Annual administration report of the Civil Veterinary Department of India - 1895-1896
Year: 1895
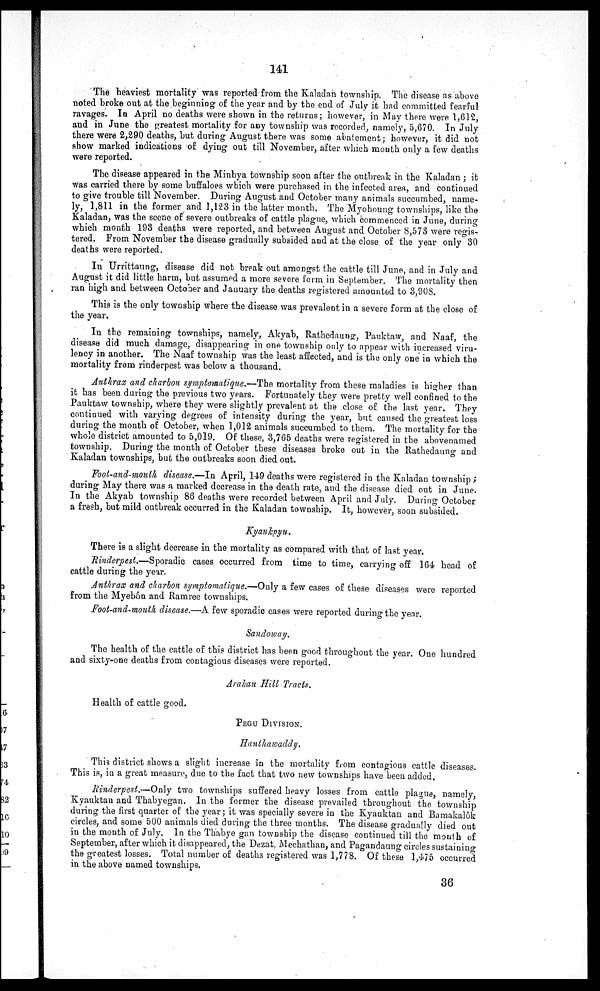
141
The heaviest mortality was reported from the Kaladan township. The disease as above
noted broke out at the beginning of the year and by the end of July it had committed fearful
ravages. ID April no deaths were shown in the returns; however, in May there were 1,612,
and in June the greatest mortality for any township was recorded, namely, 5,670. In July
there were 2,290 deaths, but during August there was some abatement; however, it did not
show marked indications of dying out till November, after which mouth only a few deaths
were reported.
The disease appeared in the Minbya township soon after the outbreak in the Kaladan; it
was carried there by some buffaloes which were purchased in the infected area, and continued
to give trouble till November. During August and October many animals succumbed, name-
ly, 1,811 in the former and 1,123 in the latter month. The Myoboung townships, like the
Kaladan, was the scene of severe outbreaks of cattle plague, which commenced in June, during
which month 198 deaths were reported, and between August and October 8,573 were regis-
tered. From November the disease gradually subsided and at the close of the year only 30
deaths were reported.
In Urrittaung, disease did not break out amongst the cattle till June, and in July and
August it did little harm, but assumed a more severe form in September. The mortality then
ran high and between October and January the deaths registered amounted to 3,908.
This is the only township where the disease was prevalent in a severe form at the close of
the year.
In the remaining townships, namely, Akyab, Rathedaung, Pauktaw, and Naaf, the
disease did much damage, disappearing in one township only to appear with increased viru-
lency in another. The Naaf township was the least affected, and is the only one in which the
mortality from rinderpest was below a thousand.
Anthrax and charbon symptomatique.—The mortality from these maladies is higher than
it has been during the previous two years. Fortunately they were pretty well confined to the
Pauktaw township, where they were slightly prevalent at the close of the last year. They
continued with varying degrees of intensity during the year, but caused the greatest loss
during the month of October, when 1,012 animals succumbed to them. The mortality for the
whole district amounted to 5,019. Of these, 3,765 deaths were registered in the abovenamed
township. During the month of October these diseases broke out in the .Rathedaung and
Kaladan townships, but the outbreaks soon died out.
Foot-and-mouth disease.—In April, 149 deaths were registered in the Kaladan township;
during May there was a marked decrease in the death rate, and the disease died out in June.
In the Akyab township 86 deaths were recorded between April and July. During October
a fresh, but mild outbreak occurred in the Kaladan township. It, however, soon subsided.
Kyankpyu.
There is a slight decrease in the mortality as compared with that of last year.
Rinderpest.—Sporadic cases occurred from time to time, carrying off 164 head of
cattle during the year.
Anthrax and charbon symptomatique.—Only a few cases of these diseases were reported
from the Myebôn and Ramree townships.
Foot-and-mouth disease.—A few sporadic cases were reported during the year.
Sandoway.
The health of the cattle of this district has been good throughout the year. One hundred
and sixty-one deaths from contagious diseases were reported.
Arakan Hill Tracts.
Health of cattle good.
PEGU DIVISION.
Hanthawaddy.
This district shows a slight increase in the mortality from contagious cattle diseases.
This is, in a great measure, due to the fact that two new townships have been added.
Rinderpest.—Only two townships suffered heavy losses from cattle plague, namely,
kyauktan and Thabyegan. In the former the disease prevailed throughout the township
during the first quarter of the year; it was specially severe in the Kyauktan and Bamakalôk
circles, and some 500 animals died during the three months. The disease gradually died out
in the month of July. In the Thabye gan township the disease continued till the month of
September, after which it disappeared, the Dezat, Mechathan, and Pagandaung circles sustaining
the greatest losses. Total number of deaths registered was 1,778. Of these 1,475 occurred
in the above named townships.
36